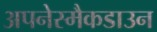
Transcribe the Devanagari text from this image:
अपनेस्मैकडाउन